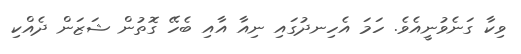
ވިކާ ގަނެވުނީއެވެ. ހަމަ އެހިނދުގައި ނިއާ އާއި ބެހޭ ގޮތުން ޝަޒަން ދެއްކި